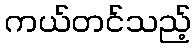
ကယ်တင်သည့်